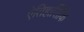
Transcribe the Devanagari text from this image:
ऐतिहासिकि